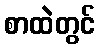
စာထဲတွင်